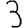
Digit: 3